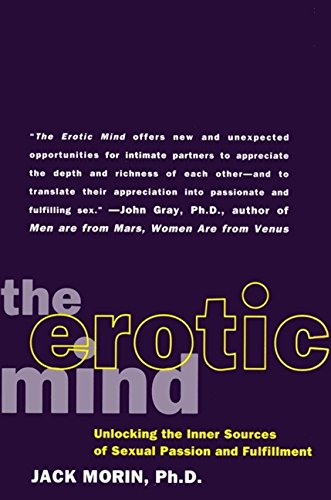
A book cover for The Erotic Mind: Unlocking the Inner Sources of Passion and Fulfillment; Jack Morin; Health, Fitness & Dieting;